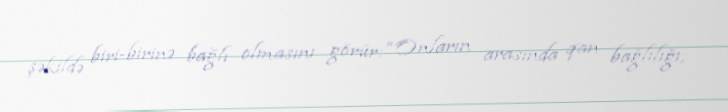
şəkildə biri-birinə bağlı olmasını görür: “Onların arasında qan bağlılığı,